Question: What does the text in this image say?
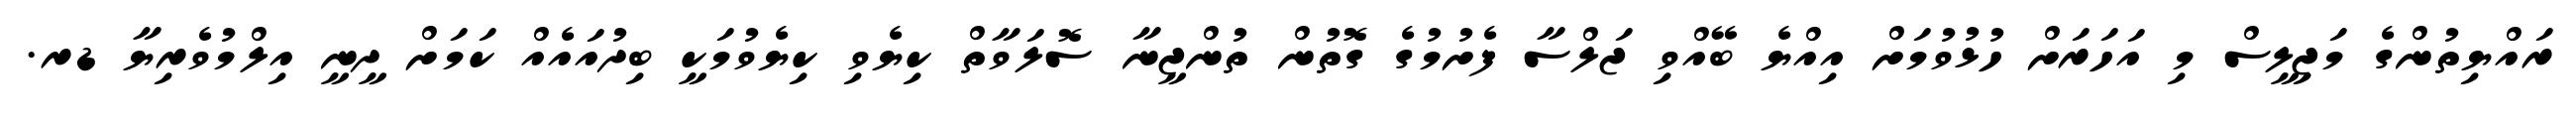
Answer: ރައްޔިތުންގެ މަޖިލީސް މި އަހަރަށް ހުޅުވުމަށް އިއްޔެ ބޭއްވި ޖަލްސާ ފެށުމުގެ ގޮތުން ތުންޖީނާ ސޮލަވާތް ކިޔެވި ކިޔެވުމަކީ ބިދުއައެއް ކަމަށް ދީނީ އިލްމުވެރިޔާ ޑރ.